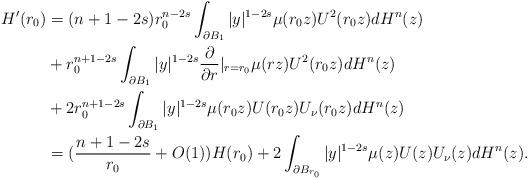
LaTeX: \begin{align*}H'(r_0)&=(n+1-2s)r_0^{n-2s}\int_{\partial B_1}|y|^{1-2s}\mu(r_0z)U^2(r_0z)dH^n(z)\\&+r_0^{n+1-2s}\int_{\partial B_1}|y|^{1-2s}\frac{\partial}{\partial r}|_{r=r_0}\mu(rz)U^2(r_0z)dH^n(z)\\&+2r_0^{n+1-2s}\int_{\partial B_1}|y|^{1-2s}\mu(r_0z)U(r_0z)U_{\nu}(r_0z)dH^n(z)\\&=(\frac{n+1-2s}{r_0}+O(1))H(r_0)+2\int_{\partial B_{r_0}}|y|^{1-2s}\mu(z)U(z)U_{\nu}(z)dH^n(z).\end{align*}